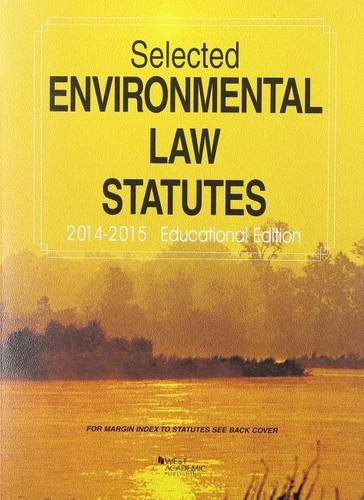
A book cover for Selected Environmental Law Statutes, 2014-2015 Educational Edition (Selected Statutes); Robin Craig; Law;